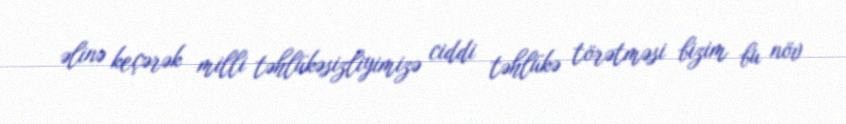
əlinə keçərək milli təhlükəsizliyimizə ciddi təhlükə törətməsi bizim bu növ